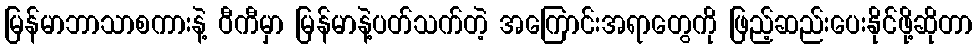
မြန်မာဘာသာစကားနဲ့ ဝီကီမှာ မြန်မာနဲ့ပတ်သက်တဲ့ အကြောင်းအရာတွေကို ဖြည့်ဆည်းပေးနိုင်ဖို့ဆိုတာ